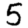
Digit: 5